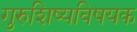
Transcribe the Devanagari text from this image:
गुरुशिष्यविषयक